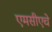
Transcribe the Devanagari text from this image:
एमसीएचे